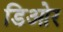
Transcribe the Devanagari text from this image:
डिओर